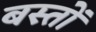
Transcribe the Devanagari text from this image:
बस्तों